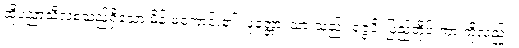
ထိုပညာသီလစသည်ရှိသော မိန်းမကောင်း၏။ ပုတ္တော၊ သားသည်။ ရဇ္ဇံပိ၊ ပြည်တိုင်းကားကိုလည်း။